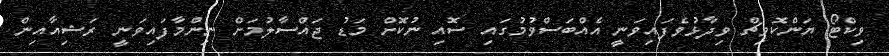
ވިކްޓޯ ޔަންކޮވިޗް ވިދާޅުވެފައިވަނީ އެއްބަސްވުމުގައި ސޮއި ނުކޮށް މަޑު ޖައްސާލުމަށް ނިންމާފައިވަނީ ރަޝިއާއިން